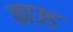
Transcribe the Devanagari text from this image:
काउड